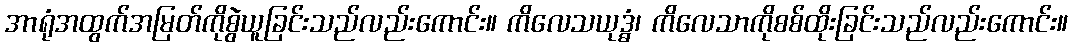
အာရုံအထွက်အမြတ်ကိုစွဲယူခြင်းသည်လည်းကောင်း။ ကိလေသယုဒ္ဓံ၊ ကိလေသာကိုစစ်ထိုးခြင်းသည်လည်းကောင်း။